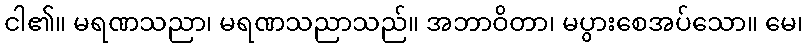
ငါ၏။ မရဏသညာ၊ မရဏသညာသည်။ အဘာဝိတာ၊ မပွားစေအပ်သော။ မေ၊